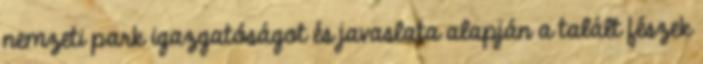
nemzeti park igazgatóságot és javaslata alapján a talált fészek